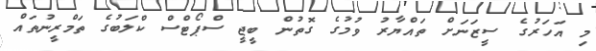
މި އަހަރުގެ ސީޒަނަށް ތައްޔާރު ވުމުގެ ގޮތުން ބީޖީ ސްޕޯޓްސް ކްލަބުގެ ތަމްރީނުތައް